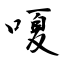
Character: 嗄